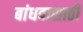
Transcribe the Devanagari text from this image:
बांधवासाठी